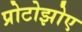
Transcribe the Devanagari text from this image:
प्रोटोझोए